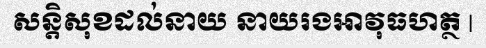
សន្តិសុខដល់នាយ នាយរងអាវុធហត្ថ |